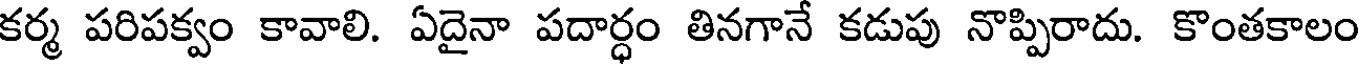
కర్మ పరిపక్వం కావాలి. ఏదైనా పదార్ధం తినగానే కడుపు నొప్పిరాదు. కొంతకాలం